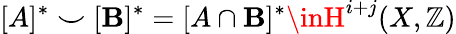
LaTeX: [A]^{*}\smile[\mathbf{B}]^{*}=[A\cap\mathbf{B}]^{*}\inH^{i+j}(X,\mathbb{{Z}})